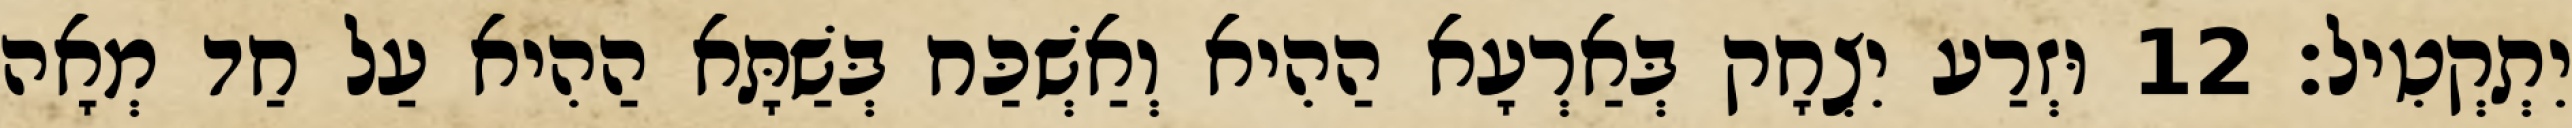
יִתְקְטִיל׃ 12 וּזְרַע יִצְחָק בְּאַרְעָא הַהִיא וְאַשְׁכַּח בְּשַׁתָּא הַהִיא עַל חַד מְאָה